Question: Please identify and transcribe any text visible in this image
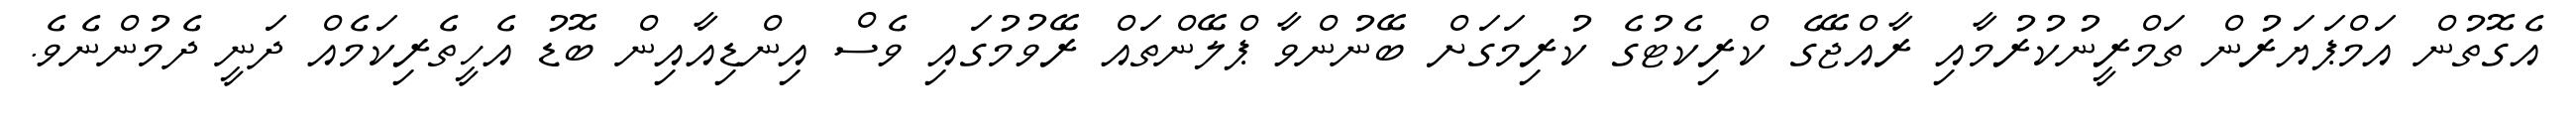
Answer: އެގޮތުން އަމްޕަޔަރުން ތަމްރީނުކުރުމާއި ރާއްޖޭގެ ކްރިކެޓުގެ ކުރިމަގަށް ބޭނުންވާ ޕްލޭންތައް ރޭވުމުގައި ވެސް އިންޑިއާއިން ބޮޑު އެހީތެރިކަމެއް ދަނީ ދެމުންނެވެ.